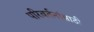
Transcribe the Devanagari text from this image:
परिवर्तनांसाठी